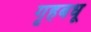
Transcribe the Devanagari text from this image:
गृहबधू